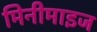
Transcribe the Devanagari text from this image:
मिनीमाइज